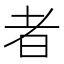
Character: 者